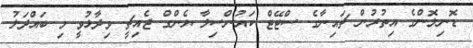
ޑޮނިލޮންގެ އިތުރުން ޗައިނާގެ ސްޓޭޓް ކައުންސިލާ ޔެންގް ޖެއިޗީ ވިދާޅުވީ މި ބައްދަލު